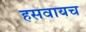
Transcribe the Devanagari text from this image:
हसवायच